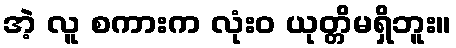
အဲ့ လူ စကားက လုံးဝ ယုတ္တိမရှိဘူး။